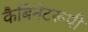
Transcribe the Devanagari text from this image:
कैबिनेटरूपी